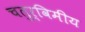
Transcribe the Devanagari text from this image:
चतुर्विमीय